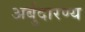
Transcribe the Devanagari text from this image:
अर्बुदारण्य